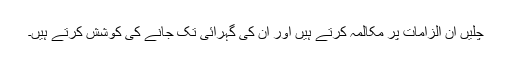
چلیں ان الزامات پر مکالمہ کرتے ہیں اور ان کی گہرائی تک جانے کی کوشش کرتے ہیں۔